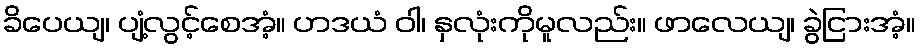
ခိပေယျ၊ ပျံ့လွင့်စေအံ့။ ဟဒယံ ဝါ၊ နှလုံးကိုမူလည်း။ ဖာလေယျ၊ ခွဲငြားအံ့။